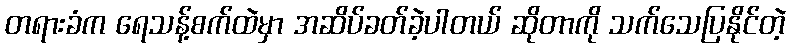
တရားခံက ရေသန့်စက်ထဲမှာ အဆိပ်ခတ်ခဲ့ပါတယ် ဆိုတာကို သက်သေပြနိုင်တဲ့